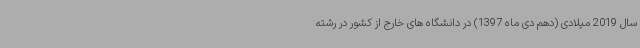
سال 2019 میلادی (دهم دی ماه 1397) در دانشگاه های خارج از کشور در رشته